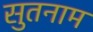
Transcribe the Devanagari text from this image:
सुतनाम